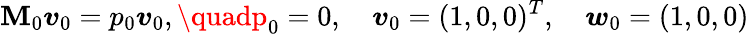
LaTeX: \mathbf{M}_{0}\boldsymbol{v}_{0}=p_{0}\boldsymbol{v}_{0},\quadp_{0}=0,\quad\boldsymbol{v}_{0}=(1,0,0)^{T},\quad\boldsymbol{w}_{0}=(1,0,0)